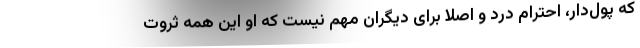
که پول‌دار، احترام درد و اصلا برای دیگران مهم نیست که او این همه ثروت